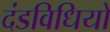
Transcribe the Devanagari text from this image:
दंडविधियों